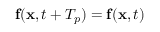
\mathbf { f } ( \mathbf { x } , t + T _ { p } ) = \mathbf { f } ( \mathbf { x } , t )